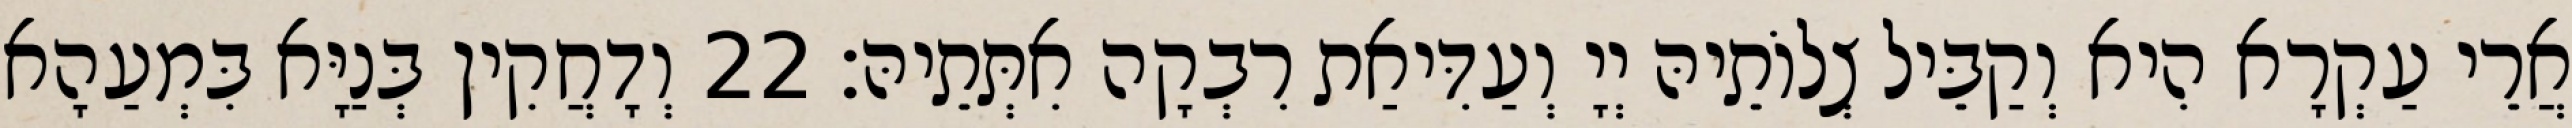
אֲרֵי עַקְרָא הִיא וְקַבֵּיל צְלוֹתֵיהּ יְיָ וְעַדִּיאַת רִבְקָה אִתְּתֵיהּ׃ 22 וְדָחֲקִין בְּנַיָּא בִּמְעַהָא